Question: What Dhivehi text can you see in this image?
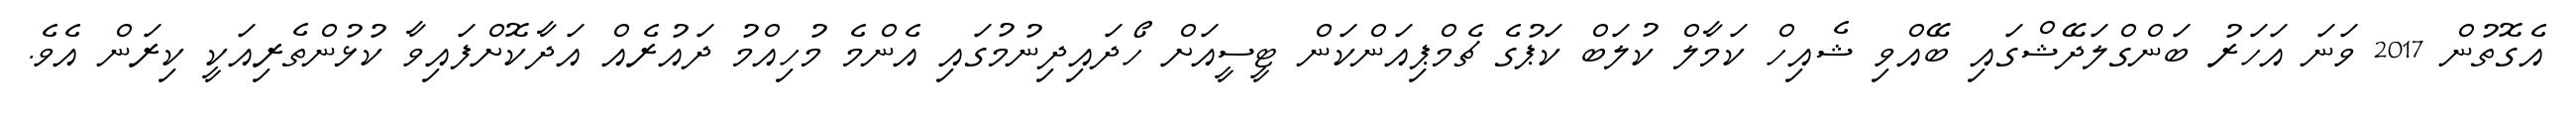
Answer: އެގޮތުން 2017 ވަނަ އަހަރު ބަންގްލަދޭޝްގައި ބޭއްވި ޝެއިހް ކަމާލް ކުލަބް ކަޕުގެ ޗެމްޕިއަންކަން ޓީސީއަށް ހޯދައިދިނުމުގައި އެންމެ މުހިއްމު ދައުރެއް އަދާކޮށްފައިވާ ކުޅުންތެރިއަކީ ކިރަން އެވެ.